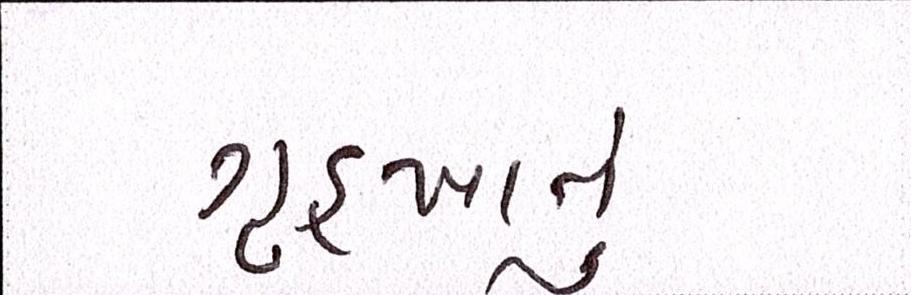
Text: ગૃહખાતું